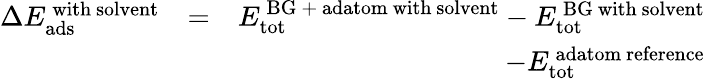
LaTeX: \begin{array}{rlr}{\Delta E_{\mathrm{ads}}^{\mathrm{\, with\ solvent}}}&{=}&{E_{\mathrm{tot}}^{\mathrm{\, BG\ +\ adatom\ with\ solvent}}-E_{\mathrm{tot}}^{\mathrm{\, BG\ with\ solvent}}}\\ &{}&{-E_{\mathrm{tot}}^{\mathrm{\, adatom\ reference}}}\end{array}